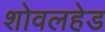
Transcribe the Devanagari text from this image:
शोवलहेड